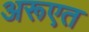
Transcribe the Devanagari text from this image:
अरूएत